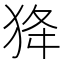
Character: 𤝷